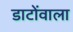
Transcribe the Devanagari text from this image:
डाटोंवाला